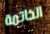
الخاتمة